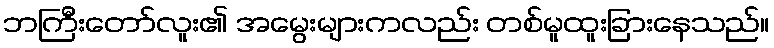
ဘကြီးတော်လူး၏ အမွေးများကလည်း တစ်မူထူးခြားနေသည်။